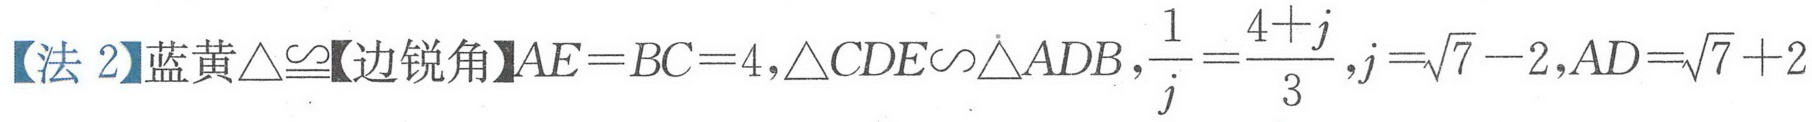
【法 2】蓝黄$\triangle\cong$【边锐角】$AE = BC = 4,\triangle CDE\sim\triangle ADB,\frac{1}{j}=\frac{4 + j}{3},j=\sqrt{7}-2,AD=\sqrt{7}+2$